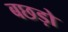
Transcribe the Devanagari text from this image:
बछड़ो